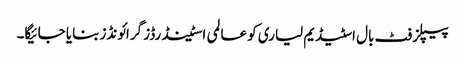
پیپلز فٹ بال اسٹیڈیم لیاری کو عالمی اسٹینڈرڈز گرائونڈز بنایا جائیگا۔